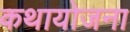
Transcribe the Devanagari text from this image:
कथायोजना